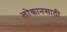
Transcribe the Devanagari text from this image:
लोकानसाठी